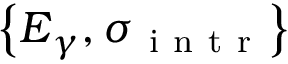
\left\{ \boldsymbol { E } _ { \gamma } , \boldsymbol { \sigma } _ { \mathrm { ~ i ~ n ~ t ~ r ~ } } \right\}